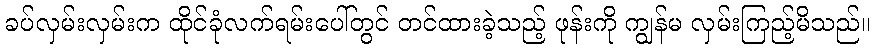
ခပ်လှမ်းလှမ်းက ထိုင်ခုံလက်ရမ်းပေါ်တွင် တင်ထားခဲ့သည့် ဖုန်းကို ကျွန်မ လှမ်းကြည့်မိသည်။